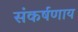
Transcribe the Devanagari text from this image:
संकर्षणाय